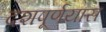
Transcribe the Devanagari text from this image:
दशपूर्णयास